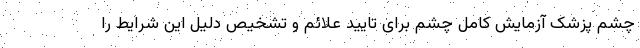
چشم پزشک آزمایش کامل چشم برای تایید علائم و تشخیص دلیل این شرایط را